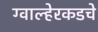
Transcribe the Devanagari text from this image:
ग्वाल्हेरकडचे